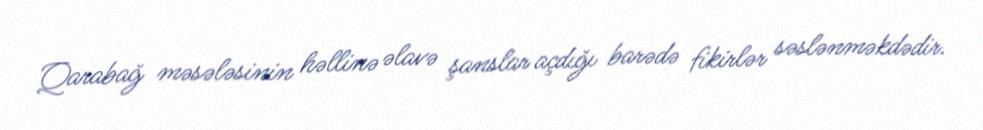
Qarabağ məsələsinin həllinə əlavə şanslar açdığı barədə fikirlər səslənməkdədir.